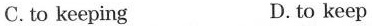
C.to keeping D.to keep